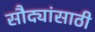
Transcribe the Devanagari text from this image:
सौद्यांसाठी